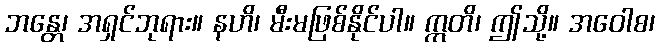
ဘန္တေ၊ အရှင်ဘုရား။ နဟိ၊ မီးမဖြစ်နိုင်ပါ။ ဣတိ၊ ဤသို့။ အဝေါစ၊